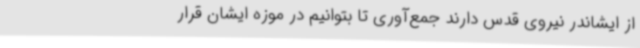
از ایشاندر نیروی قدس دارند جمع‌آوری تا بتوانیم در موزه ایشان قرار